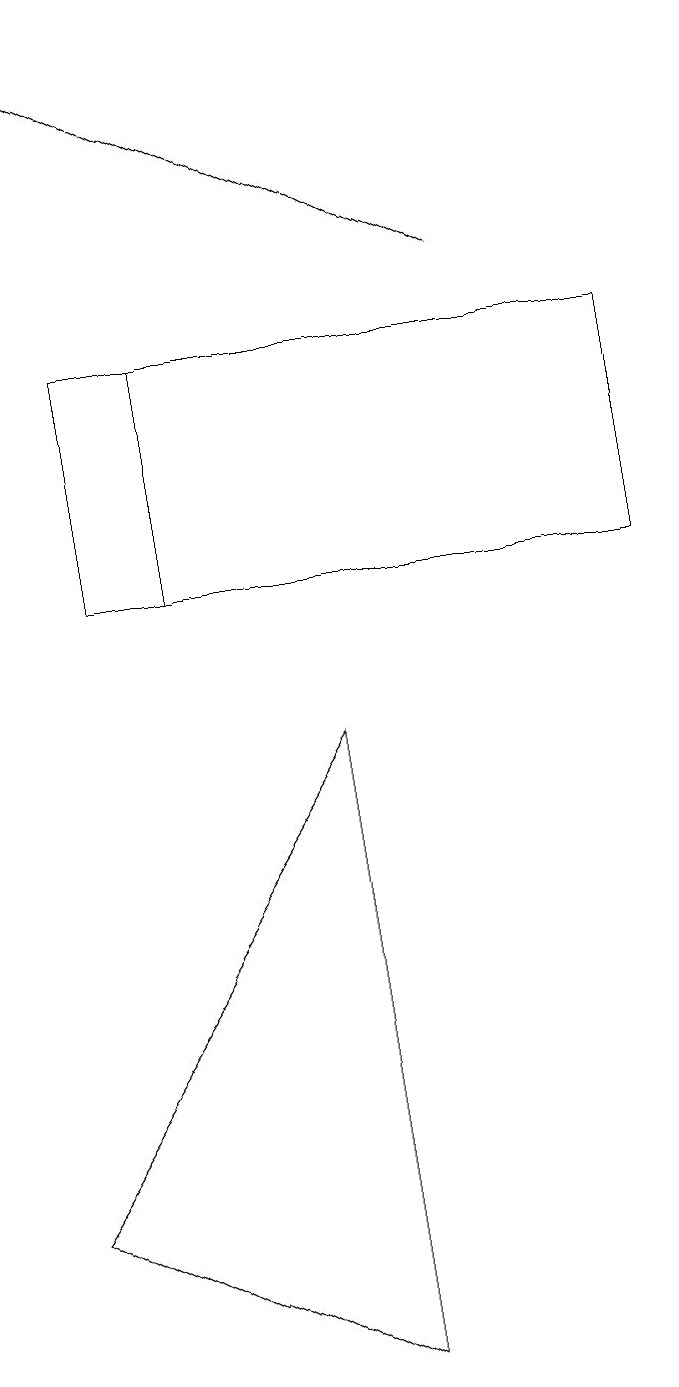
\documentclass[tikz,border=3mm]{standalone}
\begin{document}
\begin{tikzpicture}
\draw (0,2) -- (4,0) -- (4,8) -- cycle;
\draw (0,13) rectangle (0,17);
\draw[->] (6,14) -- (0,17);
\draw (2,10) rectangle (1,13);
\draw (1,13) rectangle (8,10);
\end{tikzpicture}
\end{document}